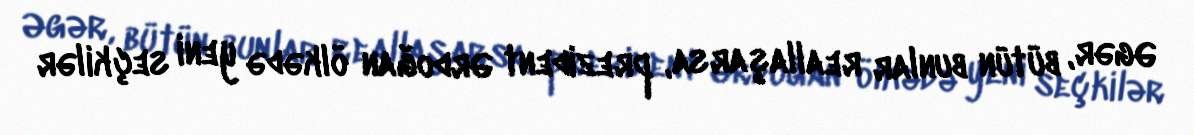
Əgər, bütün bunlar reallaşarsa, prezident Ərdoğan ölkədə yeni seçkilər